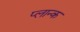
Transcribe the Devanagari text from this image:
प्लान्क